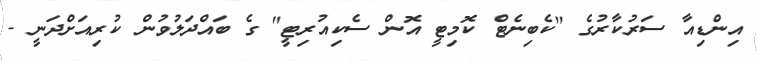
އިންޑިއާ ސަރުކާރުގެ "ކެބިނެޓް ކޮމިޓީ އޮން ސެކިއުރިޓީ" ގެ ބައްދަލުވުން ކުރިއަށްދަނީ -